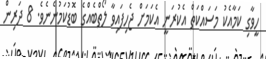
ހީވާގި ކަމާއެކު މަސައްކަތް އެކުރަނީ އެކަމަށް ޖެހިފައިވާ ލޯތްބެއްގެ ބޮޑުކަމުނެނެވެ. 8 ދަރިން